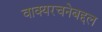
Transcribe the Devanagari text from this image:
वाक्यरचनेबद्दल